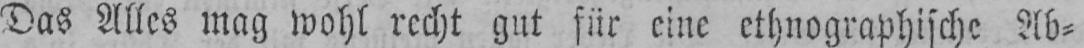
Das Alles mag wohl recht gut für eine ethnographische Ab⸗